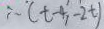
\therefore ( t - 4 , - 2 t )